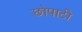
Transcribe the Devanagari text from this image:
छोपाटी